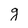
Character: g